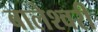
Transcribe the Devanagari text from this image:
बालेश्वरी